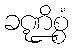
ခဏ္ဍိစ္စံ